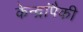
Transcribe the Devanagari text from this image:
केन्द्रांपैकी